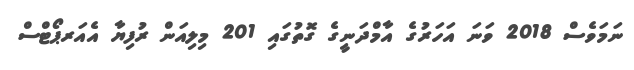
ނަމަވެސް 2018 ވަނަ އަހަރުގެ އާމްދަނީގެ ގޮތުގައި 201 މިލިއަން ރުފިޔާ އެއަރޕޯޓްސް